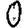
Digit: 0